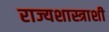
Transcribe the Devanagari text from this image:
राज्यशास्त्राशी